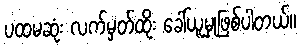
ပထမဆုံး လက်မှတ်ထိုး ခေါ်ယူမှုဖြစ်ပါတယ်။